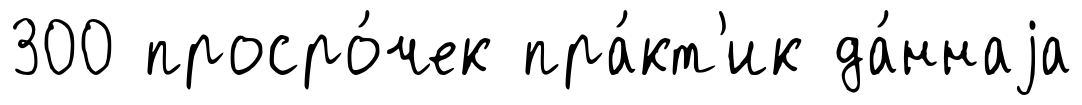
300 просро́чек пра́кт'ик да́ннаjа